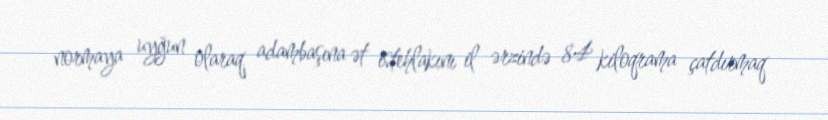
normaya uyğun olaraq adambaşına ət istehlakını il ərzində 84 kiloqrama çatdırmaq